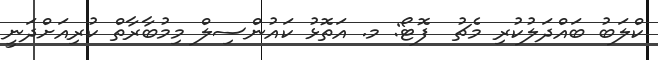
ކްލަބު ބައްދަލުކުރި މެޗު  ފޮޓޯ: މ. އަތޮޅު ކައުންސިލް މިމުބާރާތް ކުރިއަށްދަނީ